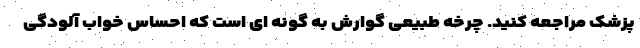
پزشک مراجعه کنید. چرخه طبیعی گوارش به گونه ای است که احساس خواب آلودگی